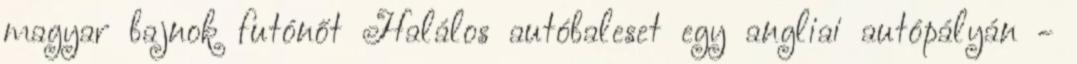
magyar bajnok futónőt Halálos autóbaleset egy angliai autópályán -